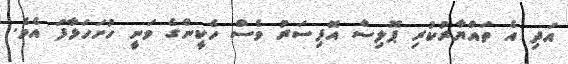
އަދި އެ ތައްޔާރުކުރި ޕޮލިސް އޮފިިސަރު ވެސް ހެކީންގެ ވަނީ ހުށަހަޅާފަ އެވެ.